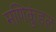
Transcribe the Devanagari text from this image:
मणिकुंडल